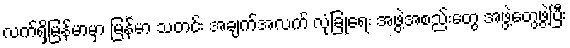
လက်ရှိမြန်မာမှာ မြန်မာ သတင်း အချက်အလက် လုံခြုံရေး အဖွဲ့အစည်းတွေ အဖွဲ့တွေဖွဲ့ပြီး